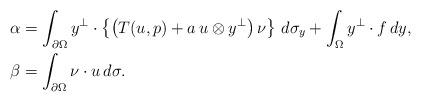
LaTeX: \begin{align*}&\alpha=\int_{\partial\Omega}y^\perp\cdot\left\{\big(T(u,p)+a\,u\otimes y^\perp\big)\,\nu\right\}\,d\sigma_y+\int_\Omega y^\perp\cdot f\,dy, \\&\beta=\int_{\partial\Omega}\nu\cdot u\,d\sigma.\end{align*}